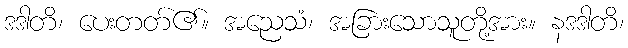
ဒဒါတိ၊ ပေးတတ်၏။ အညေသံ၊ အခြားသောသူတို့အား။ နဒဒါတိ၊